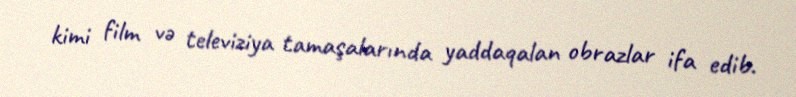
kimi film və televiziya tamaşalarında yaddaqalan obrazlar ifa edib.